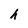
Character: h